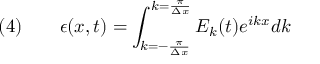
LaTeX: \quad ( 4 ) \qquad \epsilon ( x , t ) = \int _ { k = - { \frac { \pi } { \Delta x } } } ^ { k = { \frac { \pi } { \Delta x } } } E _ { k } ( t ) e ^ { { i } k x } d k